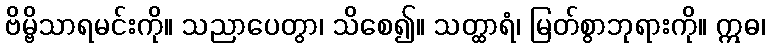
ဗိမ္ဗိသာရမင်းကို။ သညာပေတွာ၊ သိစေ၍။ သတ္ထာရံ၊ မြတ်စွာဘုရားကို။ ဣဓ၊